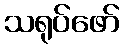
သရုပ်ဖော်